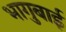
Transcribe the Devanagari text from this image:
भागुबाई